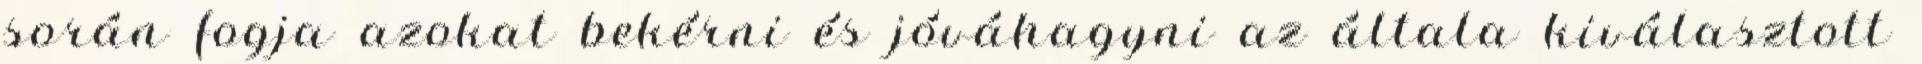
során fogja azokat bekérni és jóváhagyni az általa kiválasztott